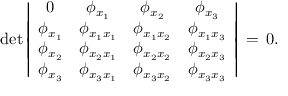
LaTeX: \operatorname * { d e t } \left| \begin{array} { c c c c } { { 0 } } & { { \phi _ { x _ { 1 } } } } & { { \phi _ { x _ { 2 } } } } & { { \phi _ { x _ { 3 } } } } \\ { { \phi _ { x _ { 1 } } } } & { { \phi _ { x _ { 1 } x _ { 1 } } } } & { { \phi _ { x _ { 1 } x _ { 2 } } } } & { { \phi _ { x _ { 1 } x _ { 3 } } } } \\ { { \phi _ { x _ { 2 } } } } & { { \phi _ { x _ { 2 } x _ { 1 } } } } & { { \phi _ { x _ { 2 } x _ { 2 } } } } & { { \phi _ { x _ { 2 } x _ { 3 } } } } \\ { { \phi _ { x _ { 3 } } } } & { { \phi _ { x _ { 3 } x _ { 1 } } } } & { { \phi _ { x _ { 3 } x _ { 2 } } } } & { { \phi _ { x _ { 3 } x _ { 3 } } } } \end{array} \right| \, = \, 0 .